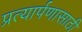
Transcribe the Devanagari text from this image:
प्रत्यार्पणासाठी